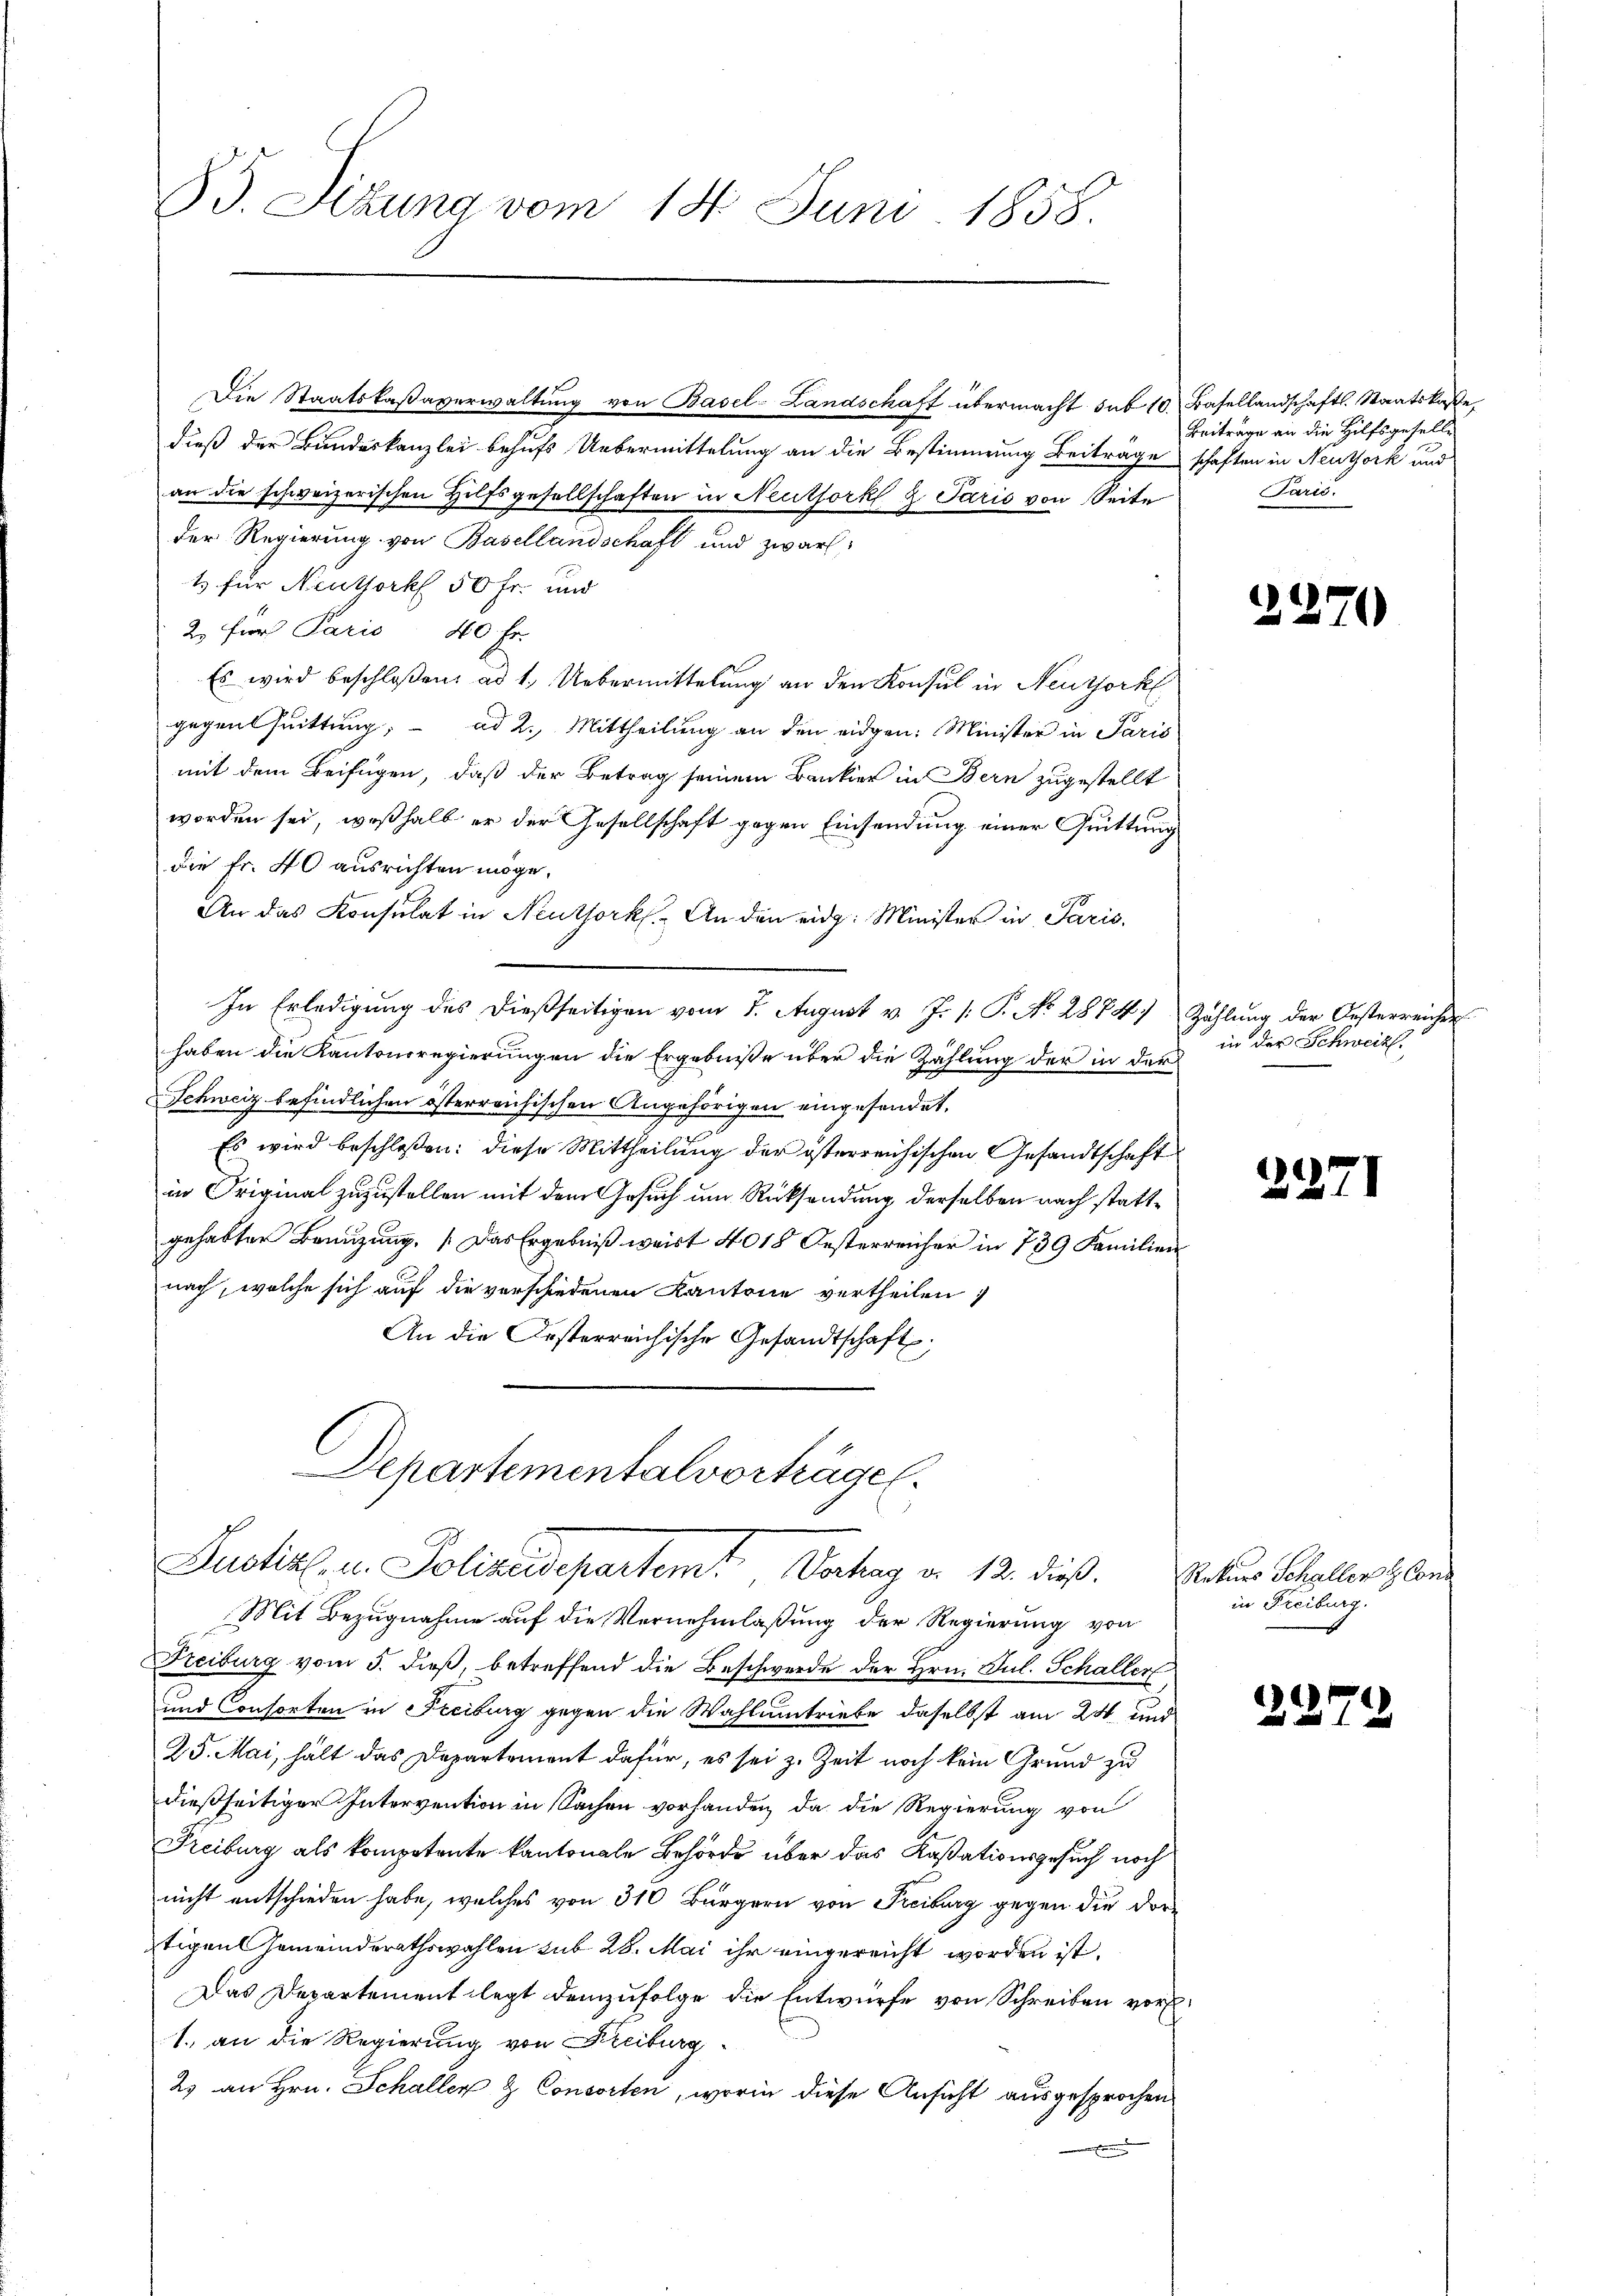
dieß der Bundeskanzlei behufs Uebermittelung an die Bestimmung Beiträge schaften in Neuthork und
an die schweizerischen Hilfsgesellschaften in Neuthork & Paris von Seite
der Regierung von Basellandschaft und zwar
1) für Neuthork 50 Fr. und
2. für Paris 40 Fr.
Es wird beschloßen: ad 1. Uebermittelung an den Konsul in Neuthork
gegensuittung; ad 2. Mittheilung an den eidgen: Minister in Paris
mit dem Beifügen, daß der Betrag seinem Bankier in Bern zugestellt
worden sei, weßhalb er der Gesellschaft gegen Einsendung einer Quittung
die Fr. 40 ausrichten möge.
An das Konsulat in Neuthork. An den eidg. Minister in Paris,
In Erledigung des dießseitigen vom 8. August v. J. /: P. No. 2874) Zahlung der Oesterreicher
haben die Kantonsregierungen die Ergebniße über die Zahlung der in der
Schweiz befindlichen österreichischen Angehörigen eingesendet.
Es wird beschloßen: diese Mittheilung der österreichischen Gesandtschaft
in Original zuzustellen mit dem Gesuch um Rücksendung derselben nach stattgehabten Brenzung. Das Ergebniß weist 4018 Oesterreicher in 739 Familien
nach, welche sich auf die verschiedenen Kantone vertheilen
An die Kosterreichische Gesandtschaft;
Departementalvorträge.
Justiz- u. Polizeidepartemt. Vortrag von 13. dieß.
Mit Bezugnahme auf die Vernehmlaßung der Regierung von
Heiburg vom 5. dieß, betreffend die Beschwerde der Hrn. Jul. Schaller
und Consorten in Freiburg gegen die Wahlumtriebe daselbst am 24. und
25. Mai, hält das Departement dafür, es sei z. Zeit noch kein Grund zu
dießseitiger Intervention in Sachen vorhanden, da die Regierung von
Freiburg als kompetente kantonale Behörde über das Kassationsgesuch noch
nicht entschieden habe, welches von 310 Bürgern von Freiburg gegen die dortigen Gemeinderathswahlen sub 28. Mai ihr eingereicht worden ist.
Das Departement legt demzufolge die Entwurfe von Schreiben vor
1. an die Regierung von Freiburg
2) an Hrn. Schaller & Consorten, worin diese Ansicht ausgesprochen

85. Sizung vom 14. Juni 1858.

Die Staatskaßaverwaltung von Basel-Landschaft übermacht sub 10. Basellandschafts-Staatskaste

Beiträge an die Hilfsgeselle
Paris.

225

in der Schweiz.

227

.

2

Rekurs Schaller & Conc
in Freiburg.